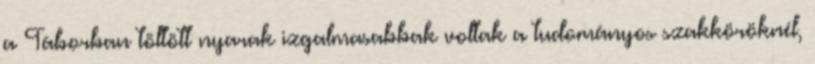
a Táborban töltött nyarak izgalmasabbak voltak a tudományos szakköröknél,